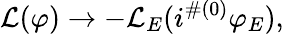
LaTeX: {\cal L}(\varphi)\to-{\cal L}_{E}(i^{\# (0)}\varphi_{E}),